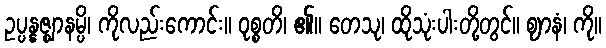
ဥပ္ပန္နဇ္ဈာနမ္ပိ၊ ကိုလည်းကောင်း။ ဝုစ္စတိ၊ ၏။ တေသု၊ ထိုသုံးပါးတို့တွင်။ ဈာနံ၊ ကို။